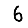
Digit: 6